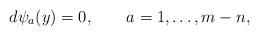
LaTeX: \begin{align*}d\psi_a(y) = 0, \qquad a = 1,\ldots, m-n,\end{align*}